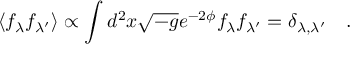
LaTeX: \langle f _ { \lambda } f _ { \lambda ^ { \prime } } \rangle \propto \int d ^ { 2 } x \sqrt { - g } e ^ { - 2 \phi } f _ { \lambda } f _ { \lambda ^ { \prime } } = \delta _ { \lambda , \lambda ^ { \prime } } \quad .